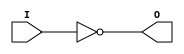
module libhdl_invN
#(  parameter N = 1)
(   output wire         O,
    input  wire [N-1:0] I);

assign O = ~I;

endmodule